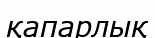
қапарлық